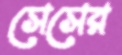
সেসের